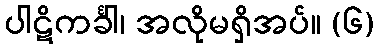
ပါဋိကင်္ခါ၊ အလိုမရှိအပ်။ (၆)